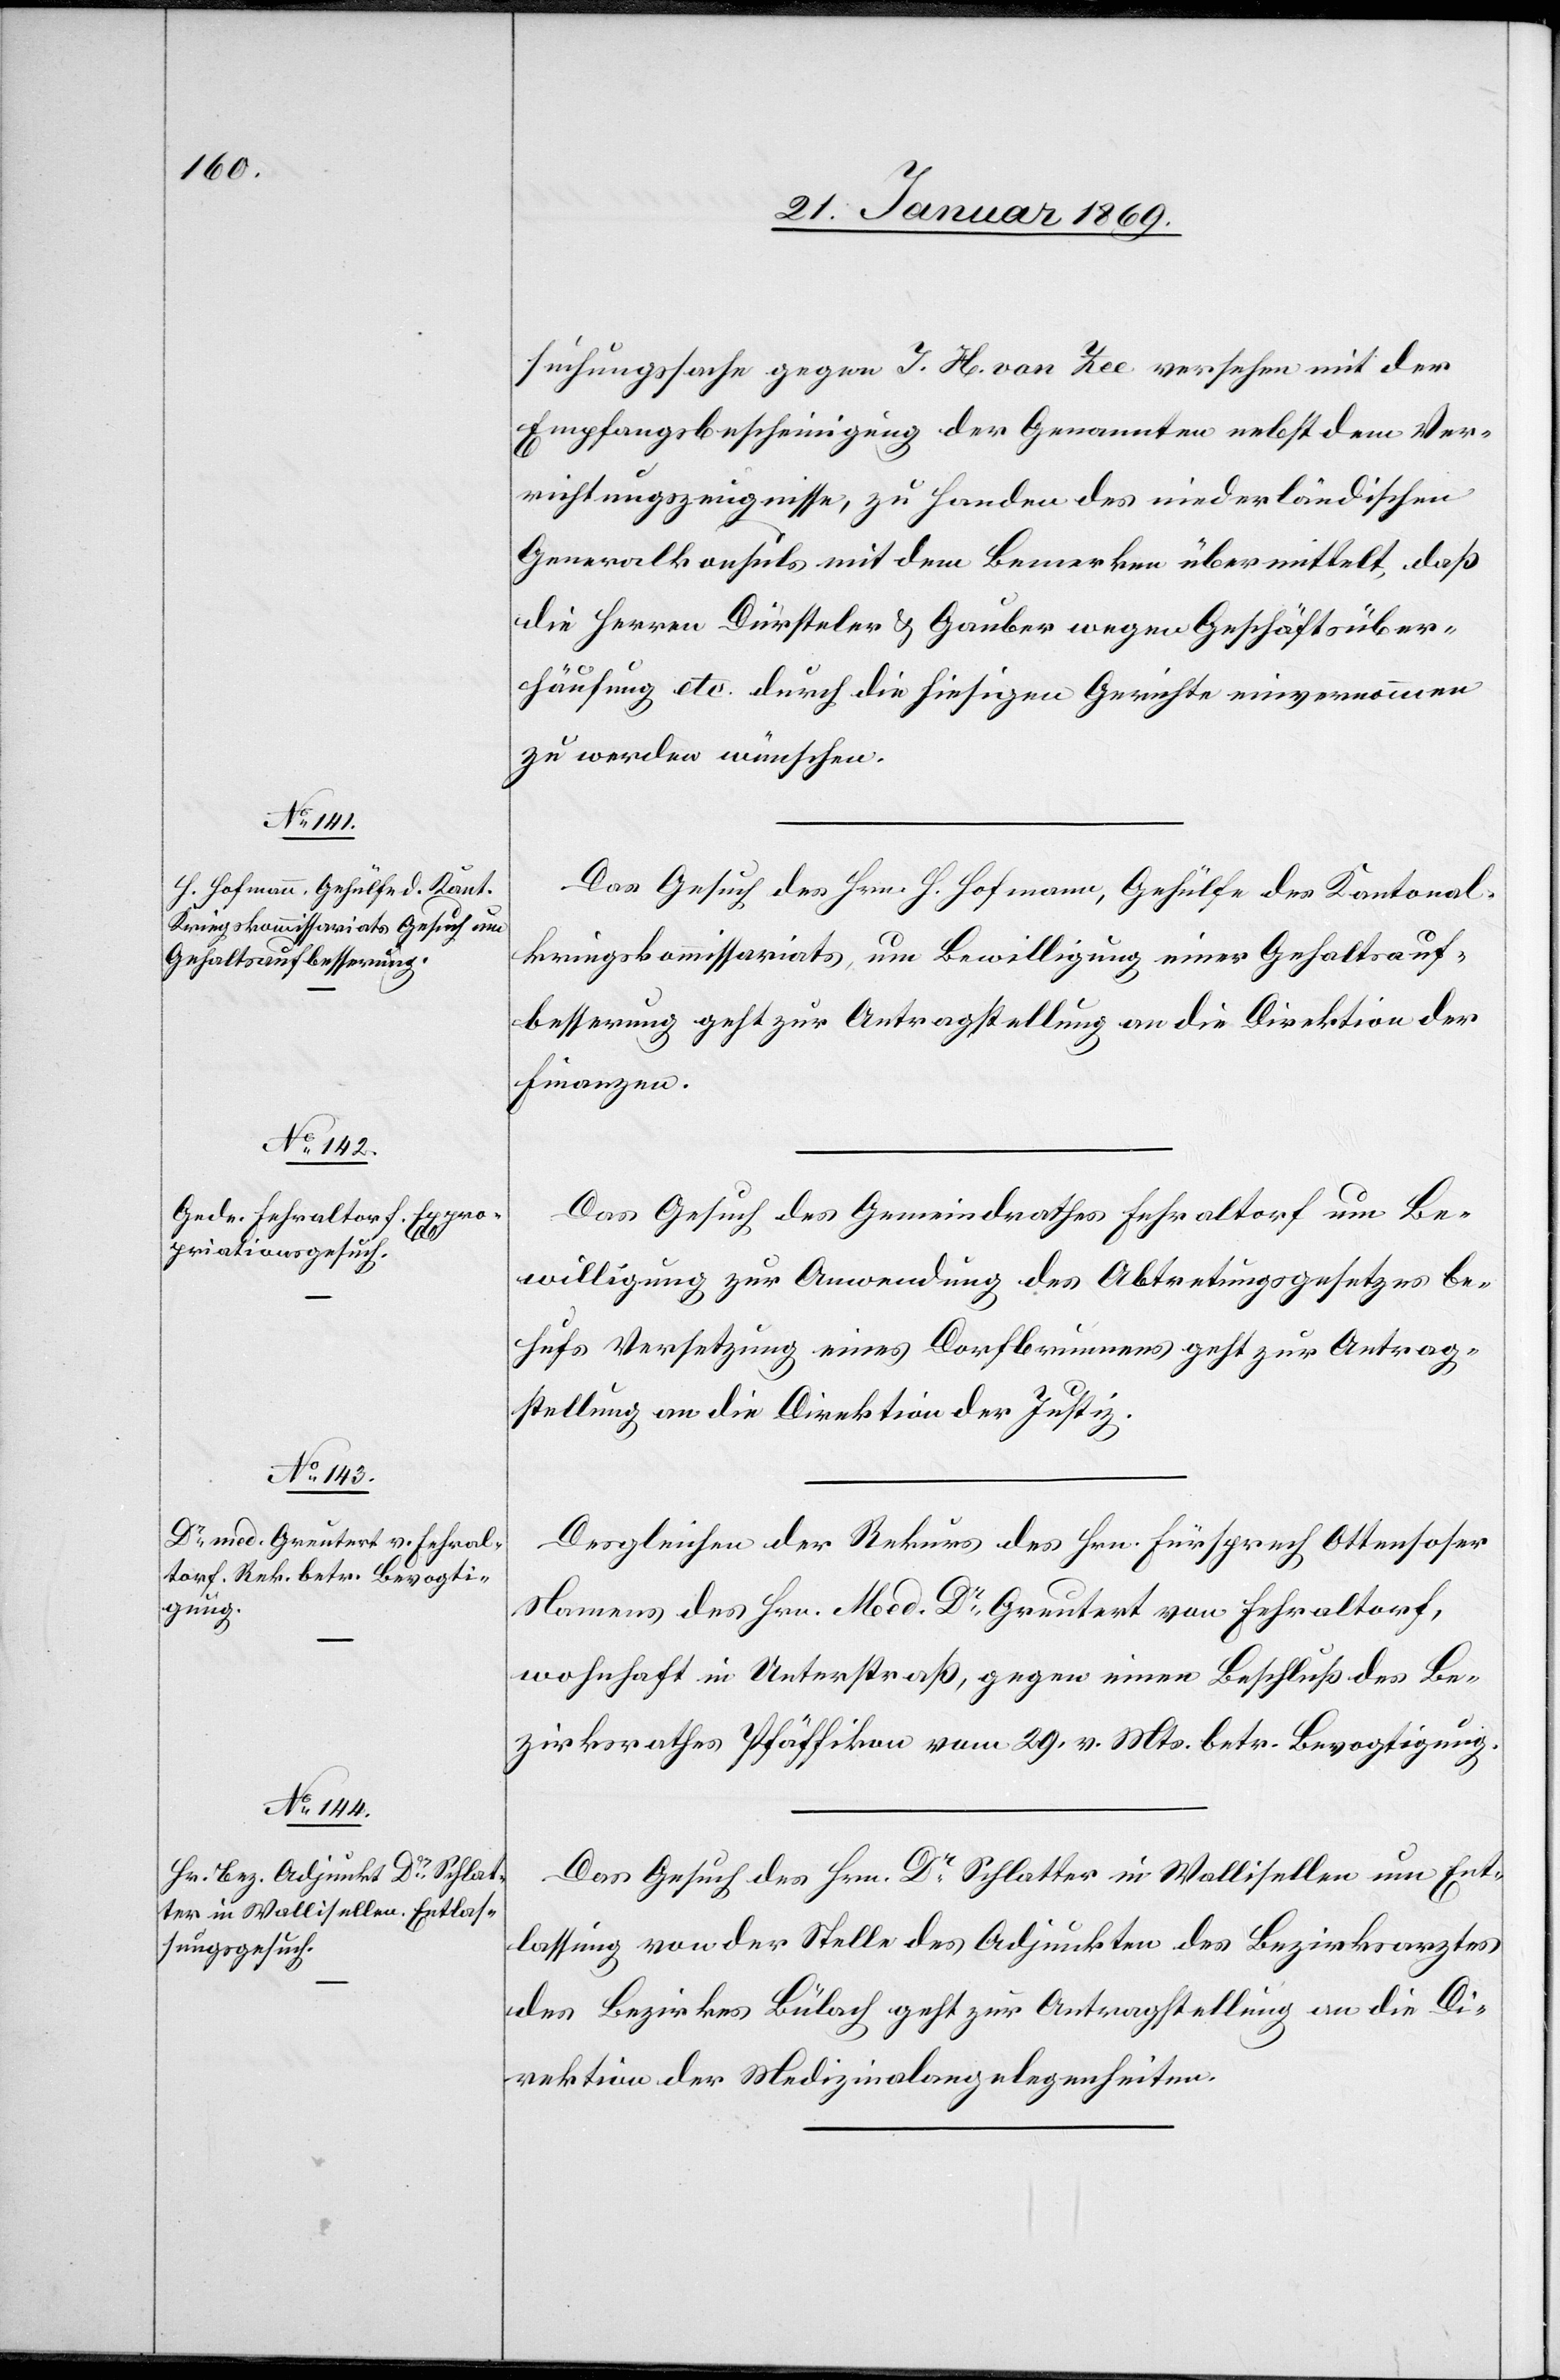
25. Januar 1869.]
suchungssache gegen J. H. von Zee versehen mit der
Empfangsbescheinigung der Genannten nebst dem Ver¬
richtungszeugnisse, zu Handen des niederländischen
Generalkonsuls mit dem Bemerken übermittelt, daß
die Herren Dürsteler & Gauber wegen Geschäftsüber¬
häufung etc. durch die hiesigen Gerichte einvernommen
zu werden wünschen.
Das Gesuch des Hrn. H. Hofmann, Gehülfe des Kantonal¬
kommissariats, um Bewilligung einer Gehaltsauf¬
besserung geht zur Antragstellung an die Direktion der
Finanzen.
Das Gesuch des Gemeindrathes Fehraltorf um Be¬
willigung zur Anordnung des Abtretungsgesetzes be¬
hufs Versetzung eines Dorfbrunnens geht zur Antrag¬
stellung an die Direktion der Justiz.
Desgleichen der Rekurs des Hrn. Fürsprech Ottensoser
Namens des Hrn. Med. Dr Greutert von Fehraltorf,
wohnhaft in Unterstraß, gegen einen Beschluß des Be¬
zirksrathes Pfäffikon vom 29. v. Mts. betr. Bevogtigung.
Das Gesuch des Hrn. Dr Schlatter in Wallisellen um Ent¬
lassung von der Stelle des Adjunkten des Bezirksarztes
des Bezirkes Bülach geht zur Antragstellung an die Di¬
rektion der Medizinalangelegenheiten.